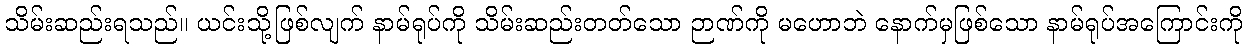
သိမ်းဆည်းရသည်။ ယင်းသို့ဖြစ်လျက် နာမ်ရုပ်ကို သိမ်းဆည်းတတ်သော ဉာဏ်ကို မဟောဘဲ နောက်မှဖြစ်သော နာမ်ရုပ်အကြောင်းကို